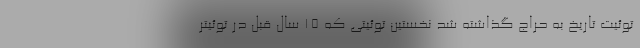
توئیت تاریخ به حراج گذاشته شد نخستین توئیتی که ۱۵ سال قبل در توئیتر